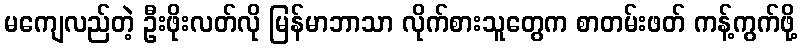
မကျေလည်တဲ့ ဦးဖိုးလတ်လို မြန်မာဘာသာ လိုက်စားသူတွေက စာတမ်းဖတ် ကန့်ကွက်ဖို့